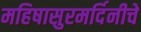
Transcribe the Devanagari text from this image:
महिषासुरमर्दिनीचे